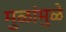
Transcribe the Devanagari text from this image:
मुळांमुळे